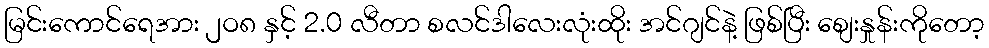
မြင်းကောင်ရေအား ၂ဝ၈ နှင့် 2.0 လီတာ စလင်ဒါလေးလုံးထိုး အင်ဂျင်နဲ့ ဖြစ်ပြီး စျေးနှုန်းကိုတော့